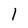
Character: l